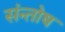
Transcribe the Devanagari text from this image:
संन्‍तोष